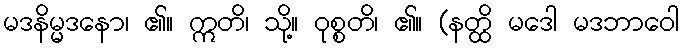
မဒနိမ္မဒနော၊ ၏။ ဣတိ၊ သို့။ ဝုစ္စတိ၊ ၏။ (နတ္ထိ မဒေါ မဒဘာဝေါ